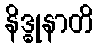
နိဒ္ဓုနာတိ